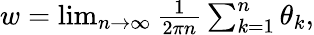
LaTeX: \begin{array}{r}{w=\operatorname*{lim}_{n\to\infty}\frac{1}{2\pi n}\sum_{k=1}^{n}\theta_{k},}\end{array}